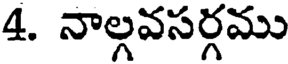
4. నాల్గవసర్గము